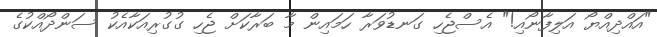
"އައްދިއްޔޯ އަލިފާނޯއި!" އެސްޖެހި ގަނޑުވަރާ ހަމައިން މާ ބަރާކަށް ޖެހި ގުގުރިއަކާއެކު ސަންދޯއްކުގެ